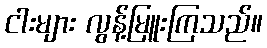
ငါးများ လွန့်မြူးကြသည်။